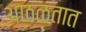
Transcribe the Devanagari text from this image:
आठळतात